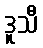
ဒူသီ